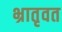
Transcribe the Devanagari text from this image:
भ्रातृवत